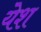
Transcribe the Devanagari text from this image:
येश